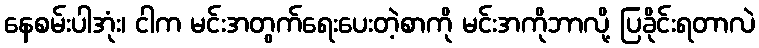
နေစမ်းပါအုံး၊ ငါက မင်းအတွက်ရေးပေးတဲ့စာကို မင်းအကိုဘာလို့ ပြခိုင်းရတာလဲ